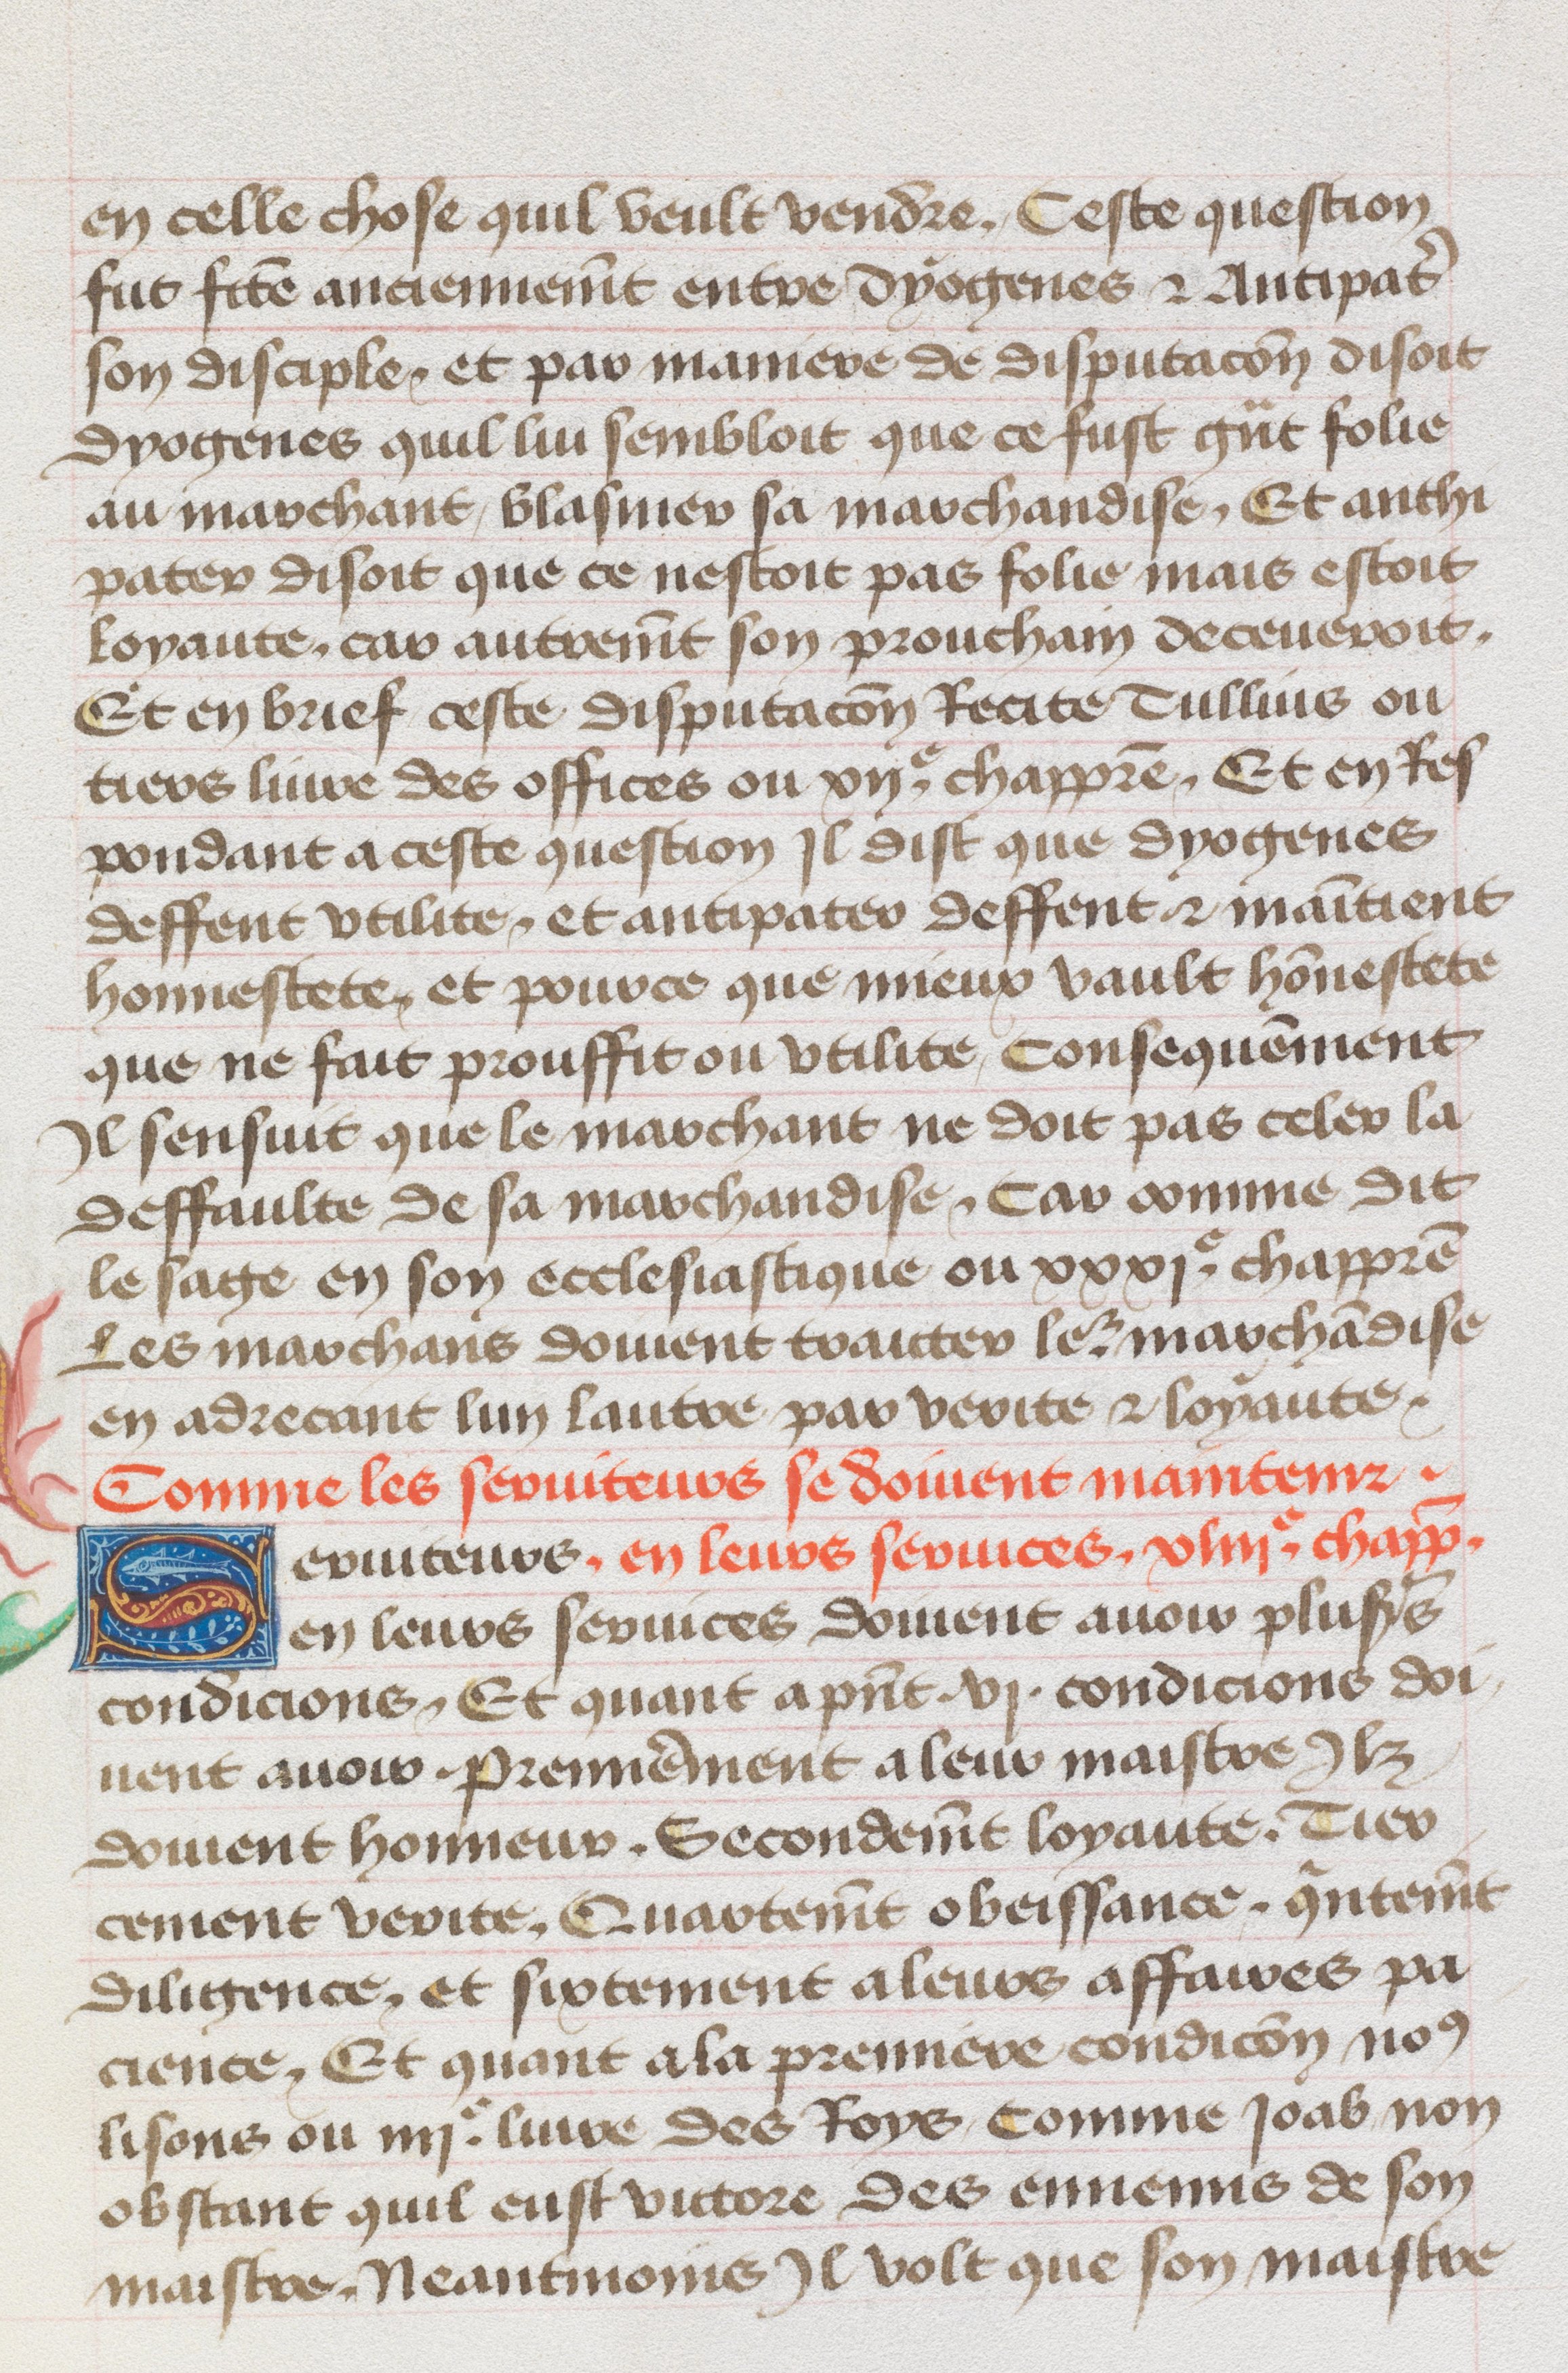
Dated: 1455–1485